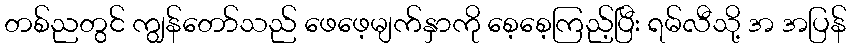
တစ်ညတွင် ကျွန်တော်သည် ဖေဖေ့မျက်နှာကို စေ့စေ့ကြည့်ပြီး ရမ်လီသို့ အ အပြန်